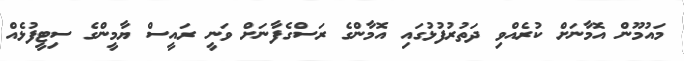
މައުމޫން އޮމާނަށް ކުރެއްވި ދަތުރުފުޅުގައި އޮމާންގެ ރަސްގެފާނަށް ވަނީ ރައީސް ޔާމީންގެ ސިޓީފުޅެއް